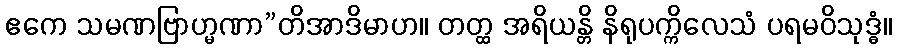
ဧကေ သမဏဗြာဟ္မဏာ”တိအာဒိမာဟ။ တတ္ထ အရိယန္တိ နိရုပက္ကိလေသံ ပရမဝိသုဒ္ဓံ။